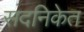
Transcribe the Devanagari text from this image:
सदनिकेत